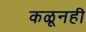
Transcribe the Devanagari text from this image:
कळूनही